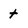
Character: t